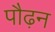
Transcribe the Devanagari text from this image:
पौढ़न